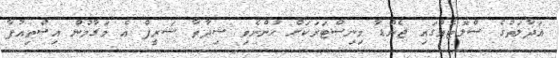
އަދާލަތުގެ ސްލޮޓެއްގައި ޖެންޑާ މިނިސްޓަރަކަށް ހުންނެވި ޝިދާތާ ޝަރީފް އެ މަގާމުން އިސްތިއުފާ